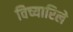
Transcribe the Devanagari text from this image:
विच्यारिले